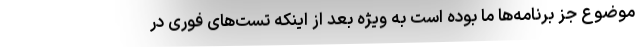
موضوع جز برنامه‌ها ما بوده است به ویژه بعد از اینکه تست‌های فوری در